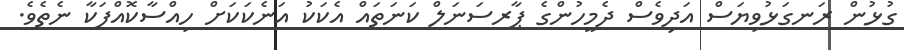
ގުޅުން ރަނގަޅުވިޔަސް އަދިވެސް ދެމީހުންގެ ޕާރސަނަލް ކަނަތައް އެކަކު އަނެކަކަށް ހިއްސާކޮއްފަކާ ނެތެވެ.